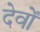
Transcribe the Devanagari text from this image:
देवोँ